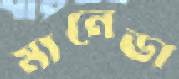
মানেডা